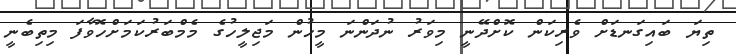
ތިޔަ ބައިގަނޑަށް ވެރިކަން ކޮށްދޭނީ މިވަރު ނުދަންނަ މީހުން މަޖިލީހުގެ މެމްބަރުކަމަށްހޮވާފަ މިތިބެނީ